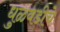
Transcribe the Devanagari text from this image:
धुळवडीचे